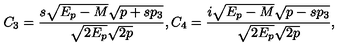
C _ { 3 } = { \frac { s \sqrt { E _ { p } - M } \sqrt { p + s p _ { 3 } } } { \sqrt { 2 E _ { p } } \sqrt { 2 p } } } , C _ { 4 } = { \frac { i \sqrt { E _ { p } - M } \sqrt { p - s p _ { 3 } } } { \sqrt { 2 E _ { p } } \sqrt { 2 p } } } ,